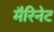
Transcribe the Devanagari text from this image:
मैरिनेट